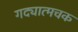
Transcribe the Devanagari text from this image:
गद्यात्मचक